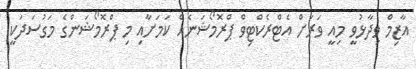
އާޒިމް ވިދާޅުވީ މިއީ ވަރަށް އެޓްރެކްޓިވް ޕްރޮމޯޝަނެއް ކަމަށާއި މި ޕްރޮމޯޝަންގެ މަގުސަދަކީ